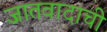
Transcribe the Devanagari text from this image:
जातवादाची